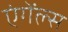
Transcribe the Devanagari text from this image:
एंगेंल्स